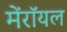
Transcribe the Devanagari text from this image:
मेंरॉयल